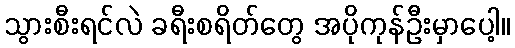
သွားစီးရင်လဲ ခရီးစရိတ်တွေ အပိုကုန်ဦးမှာပေါ့။